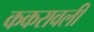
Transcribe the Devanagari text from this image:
ककरावली